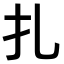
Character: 扎